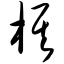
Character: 旗